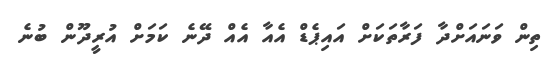
ތިން ވަނައަށްދާ ފަރާތަކަށް އައިޕެޑް އެއާ އެއް ދޭނެ ކަމަށް އުރީދޫން ބުނެ